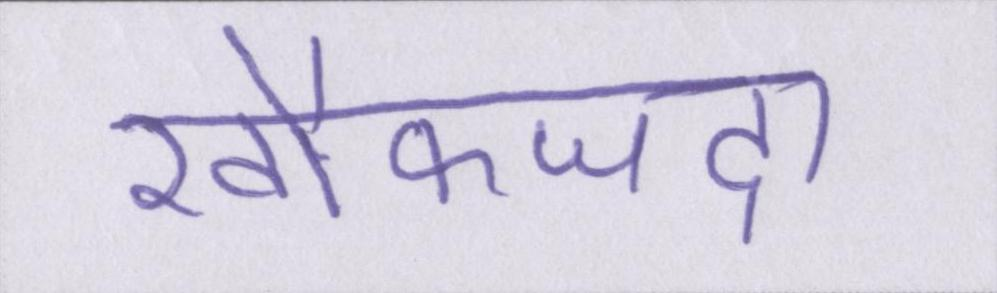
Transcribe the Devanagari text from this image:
खौफजदा